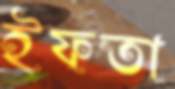
ইফতা